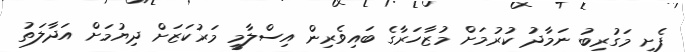
ފެށީ މަގުރިބު ނަމާދު ކުރުމަށް މުޒާހަރާގެ ބައިވެރިން އިސްލާމީ މަރުކަޒަށް ދިޔުމަށް އަދާލަތު